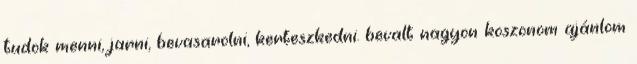
tudok menni, jarni, bevasarolni, kerteszkedni. bevalt nagyon koszonom ajánlom